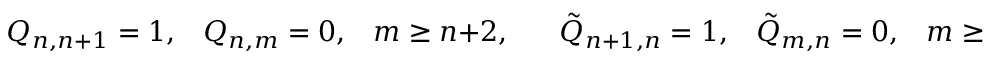
Q _ { n , n + 1 } = 1 , \; \; \; Q _ { n , m } = 0 , \; \; \; m \geq n + 2 , \; \; \; \; \; \; \tilde { Q } _ { n + 1 , n } = 1 , \; \; \; \tilde { Q } _ { m , n } = 0 , \; \; \; m \geq n + 2 ,